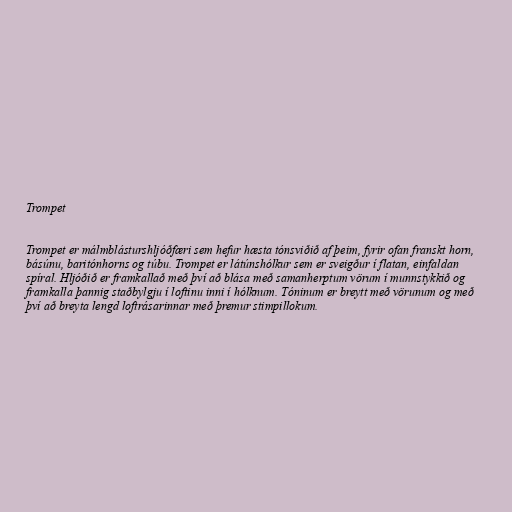
Trompet

Trompet er málmblásturshljóðfæri sem hefur hæsta tónsviðið af þeim, fyrir ofan franskt horn,
básúnu, baritónhorns og túbu. Trompet er látúnshólkur sem er sveigður í flatan, einfaldan
spíral. Hljóðið er framkallað með því að blása með samanherptum vörum í munnstykkið og
framkalla þannig staðbylgju í loftinu inni í hólknum. Tóninum er breytt með vörunum og með
því að breyta lengd loftrásarinnar með þremur stimpillokum.